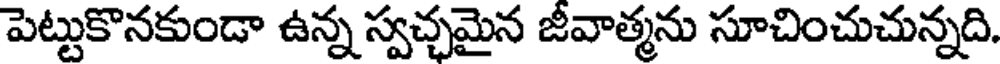
పెట్టుకొనకుండా ఉన్న స్వచ్ఛమైన జీవాత్మను సూచించుచున్నది.